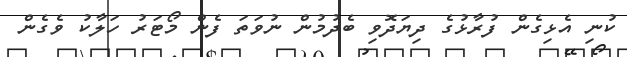
ކުނި އެޅިގެން ފުރާޅުގެ ދިޔަދޮވި ބެދުމުން ނުވަތަ ފެން މޯޓަރު ހަލާކު ވެގެން